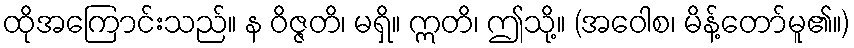
ထိုအကြောင်းသည်။ န ဝိဇ္ဇတိ၊ မရှိ။ ဣတိ၊ ဤသို့။ (အဝေါစ၊ မိန့်တော်မူ၏။)